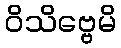
ဝိသိဗ္ဗေမိ